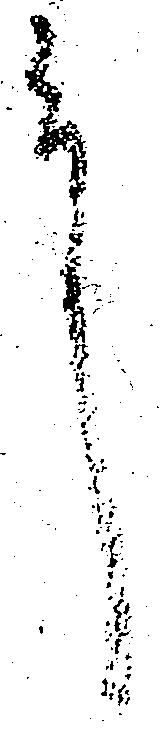
殿